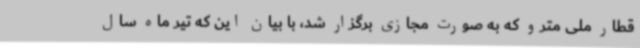
قطار ملی مترو که به صورت مجازی برگزار شد، با بیان این که تیر ماه سال